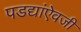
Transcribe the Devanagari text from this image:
पडद्यांऐवजी